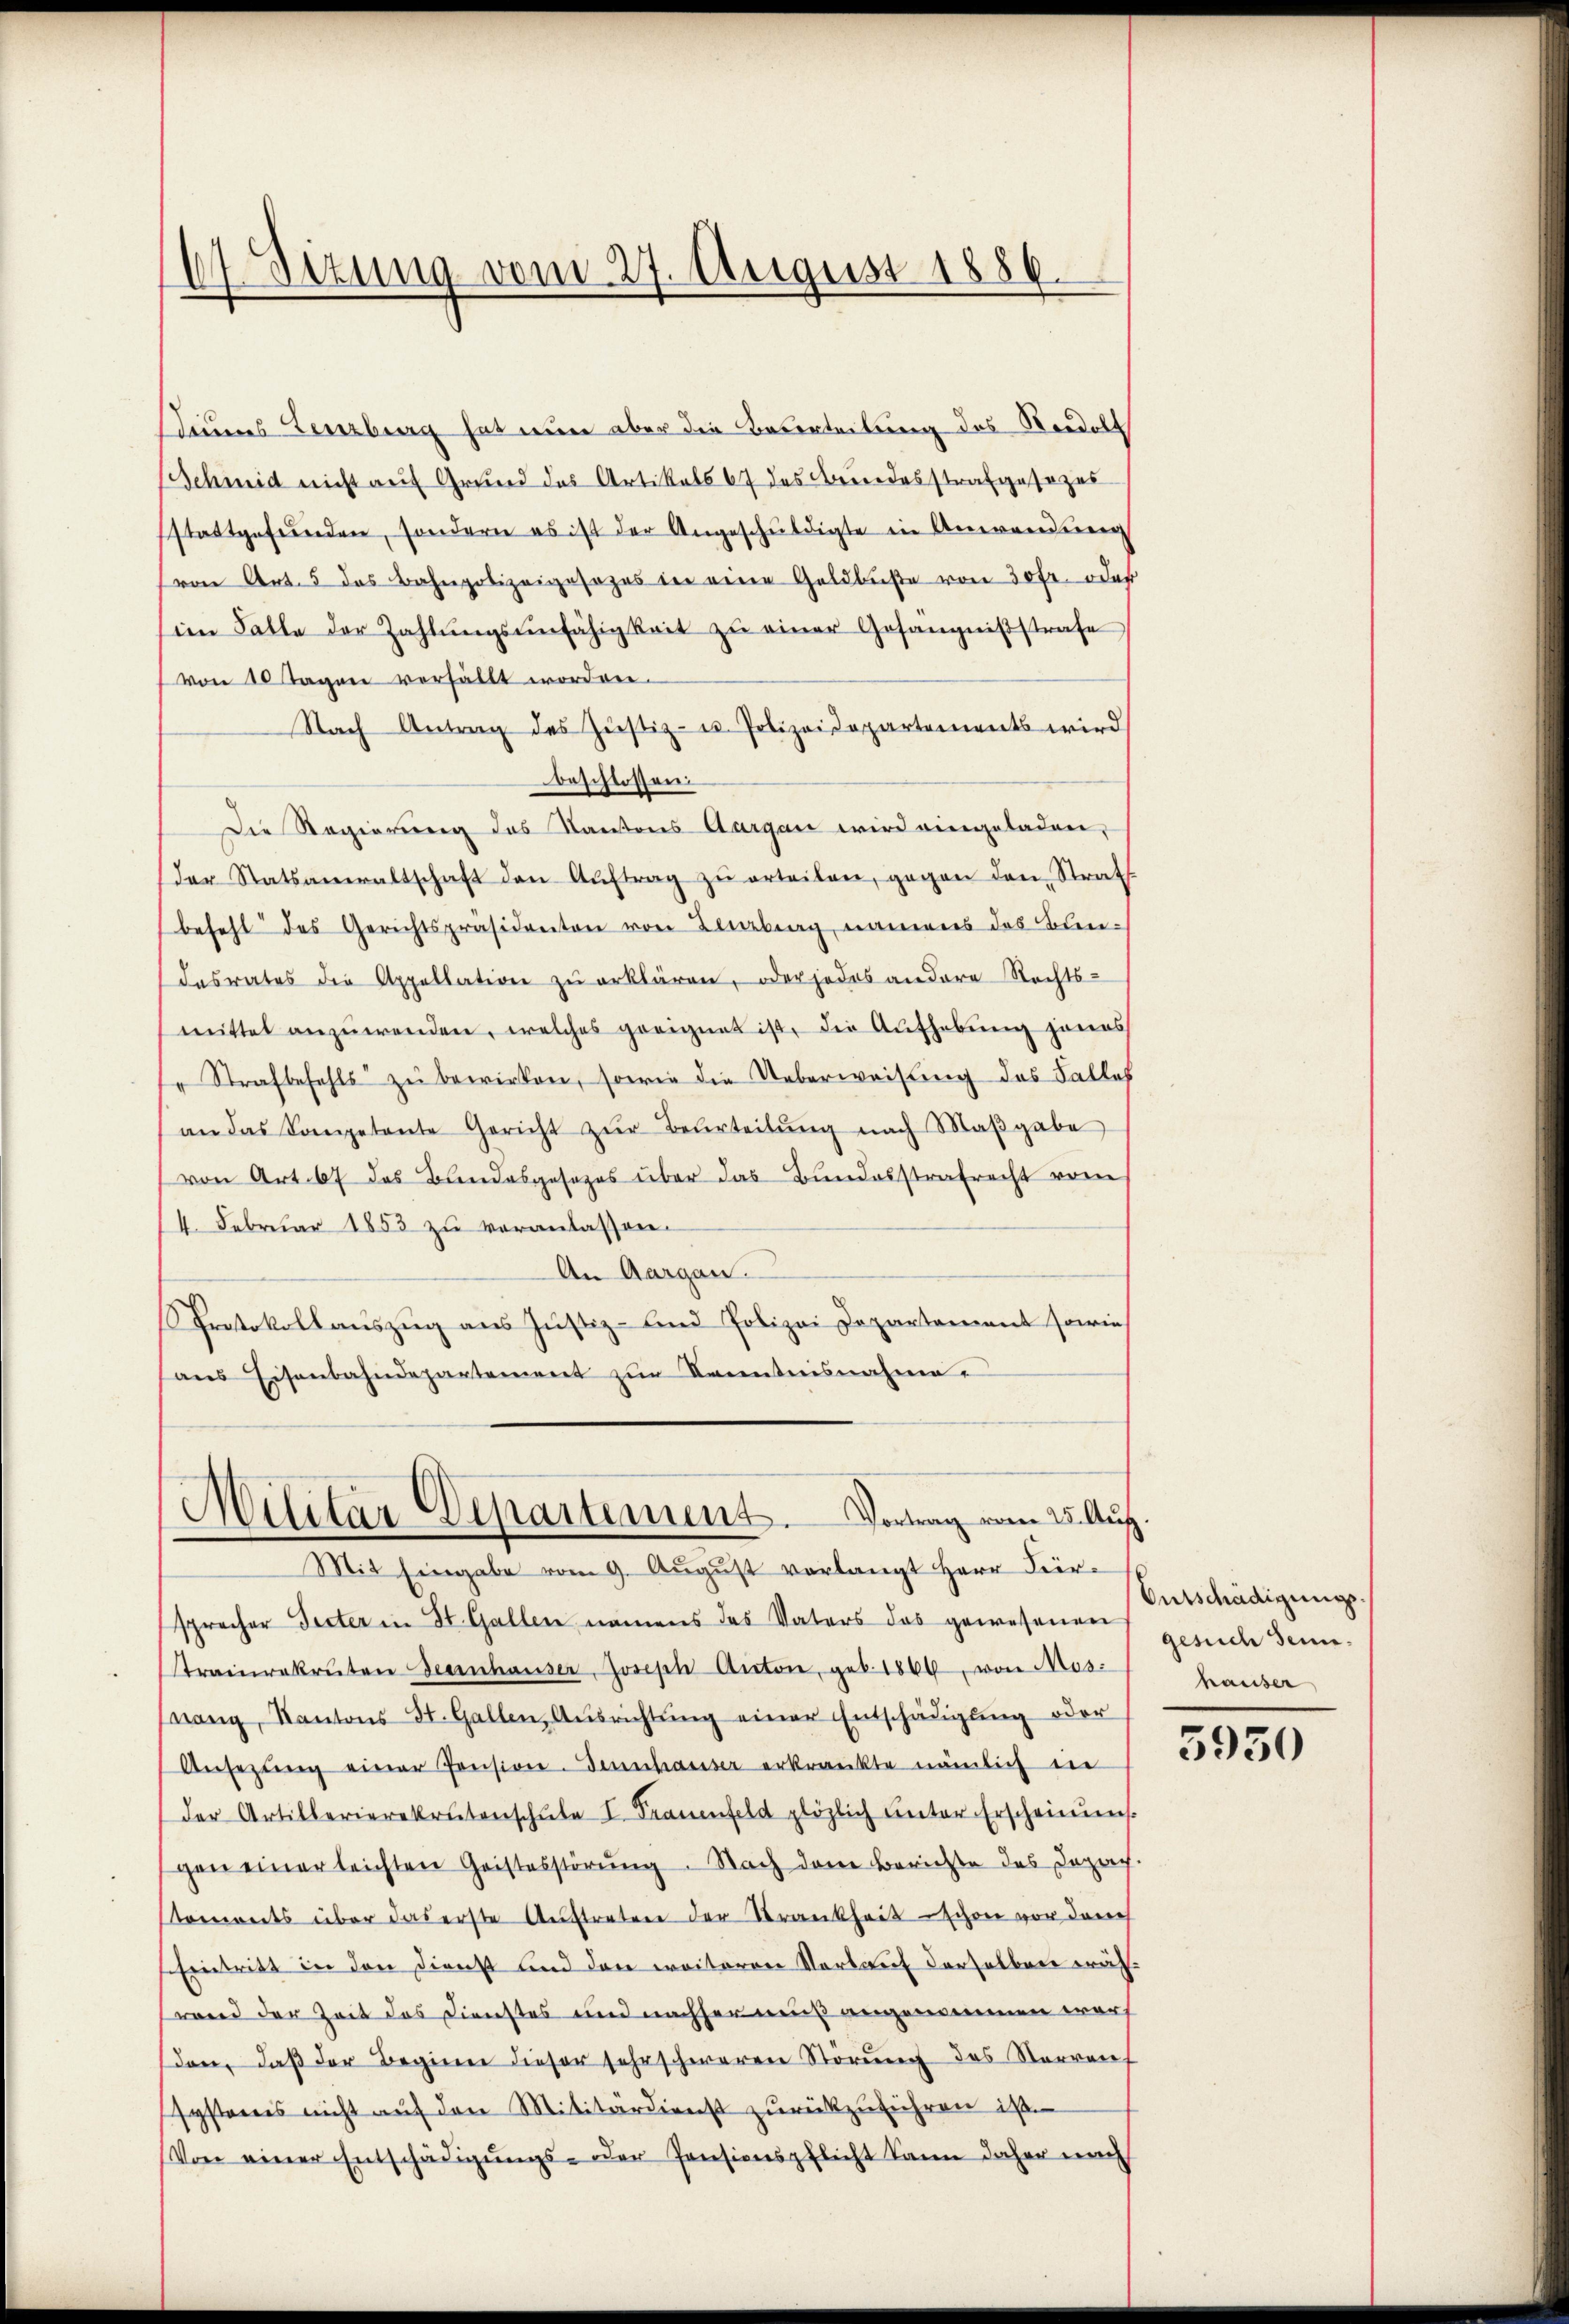
67 Sizung vom 27. August 1886.

diums Lenzburg hat nun aber die Beverteilung des Nordolt
Schmid nicht auf Grund des Artikels 67 des Bundesstrafgesezes
sstattgefunden, sondern es ist der Angeschŭldigte in Anwendung
(von Art. 5 des Bahnpolizeigesezes in eine Geldbuße von 30fr. oder
im Falle der Zahlŭngsunfähigkeit zŭ einer Gefängnißstrafe
von 10 Tagen verfällt worden.
Nach Antrag des Justiz- u. Polizeidepartements wird
beschlossen.
Die Regierung des Kantons Aargau wird eingeladen,
der Statsanwaltschaft den Aŭftrag zŭ erteilen, gegen den Straf
befehl des Gerichtspräsidenten von Lenzberg, namens das Bun-
desrates die Appellation zŭ erklären, oder jedes andere Rechts-
mittel anzŭwenden, welches geeignet ist, die Aŭfhebŭng jenes
" Strafbefehls zŭ bewirken, sowie die Ueberweisung des Falles
an das Kompetente Gericht zŭr Beurteilŭng nach Maβgabe
von Art. 67 das Bundesgesezes über das Bundesstrafrecht vom
4. Februar 1853 zu veranlassen.
An Aargau.
Protokollauszug aus Justiz- und Polizei Departement sowie
ans Eisenbahndepartement zur Kenntnisnahme.

Militär Departement. Vortrag vom 25. Aug.
Mit Eingabe vom 9. Aŭgŭst verlangt Herr Für¬

spracher Seiter in St. Gallen, namens das Vaters das gewesenen gesuch Senn-
trairakruten Geernhauser, Joseph Anton, geb. 1866, von Mos-
nang, Kantons St. Gallen, Aŭsrichtŭng einer Entschädigŭng oder
Ansezŭng einer Pension. Sennhauser erkränkte nämlich in
der Artillerierekrutenschŭle I. Frauenfeld plözlich unter Erscheinung
gen einer leichten Geistesstörung. Nach dem Berichte des Deprech
toments über das erste Auftreten der Strankheit schon vor durch
Eintritt in den Dienst und den weiteren Verkauf derselben wähwand der Zeit des Dienstes und nachher muß angenommen wor
den, daß der Beginn dieser Fahrschweren Störung des Verreif
systeres nicht auf den Militärdienst zurückzuführen ist.
Von einer Entschädigŭngs- oder Pensionspflicht kann daher nach

Entschädigungshäuser

5950